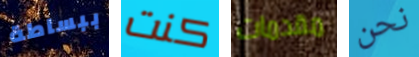
ببساطة كنت مقدمات نحن